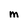
Character: m